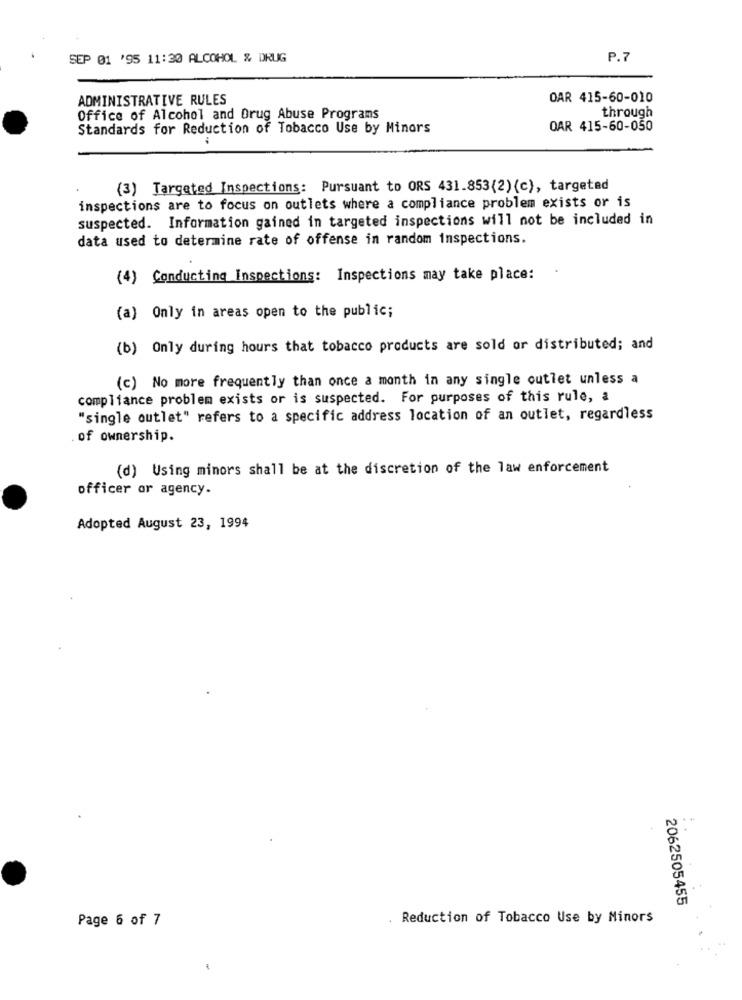
SEP 01 '95 11:30 ALCOHOL & DRUG
P.7
ADMINISTRATIVE RULES
OAR 415-60-010
through
Office of Alcohol and Drug Abuse Programs
Standards for Reduction of Tobacco Use by Minors
OAR 415-60-050
(3) Targeted Inspections: Pursuant to ORS 431.853(2) (c), targeted
inspections are to focus on outlets where a compliance problem exists or is
suspected. Information gained in targeted inspections will not be included in
data used to determine rate of offense in random inspections.
(4) Conducting Inspections: Inspections may take place:
(a) Only in areas open to the public;
(b) Only during hours that tobacco products are sold or distributed; and
(c) No more frequently than once a month in any single outlet unless a
compliance problem exists or is suspected. For purposes of this rule, a
"single outlet" refers to a specific address location of an outlet, regardless
.of ownership.
(d) Using minors shall be at the discretion of the law enforcement
officer or agency.
Adopted August 23, 1994
2062505455
Page 6 of 7
Reduction of Tobacco Use by Minors